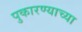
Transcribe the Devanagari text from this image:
पुकारण्याच्या